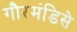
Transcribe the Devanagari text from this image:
गौरमंडिसे